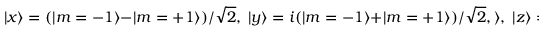
| x \rangle = ( | m = - 1 \rangle - | m = + 1 \rangle ) / \sqrt { 2 } , \; | y \rangle = i ( | m = - 1 \rangle + | m = + 1 \rangle ) / \sqrt { 2 } , \rangle , \; | z \rangle = | m = 0 \rangle